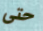
حتى